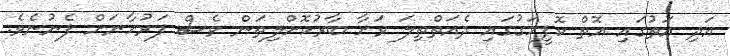
އަދި އަތުގައި އޮތް ކޮފީމަގުގައި ދެއަތްތިލަ ވަށާ ބާރުކޮށްލިތަން ވެސް ފަރުހާނަށް ފެނުނެވެ.